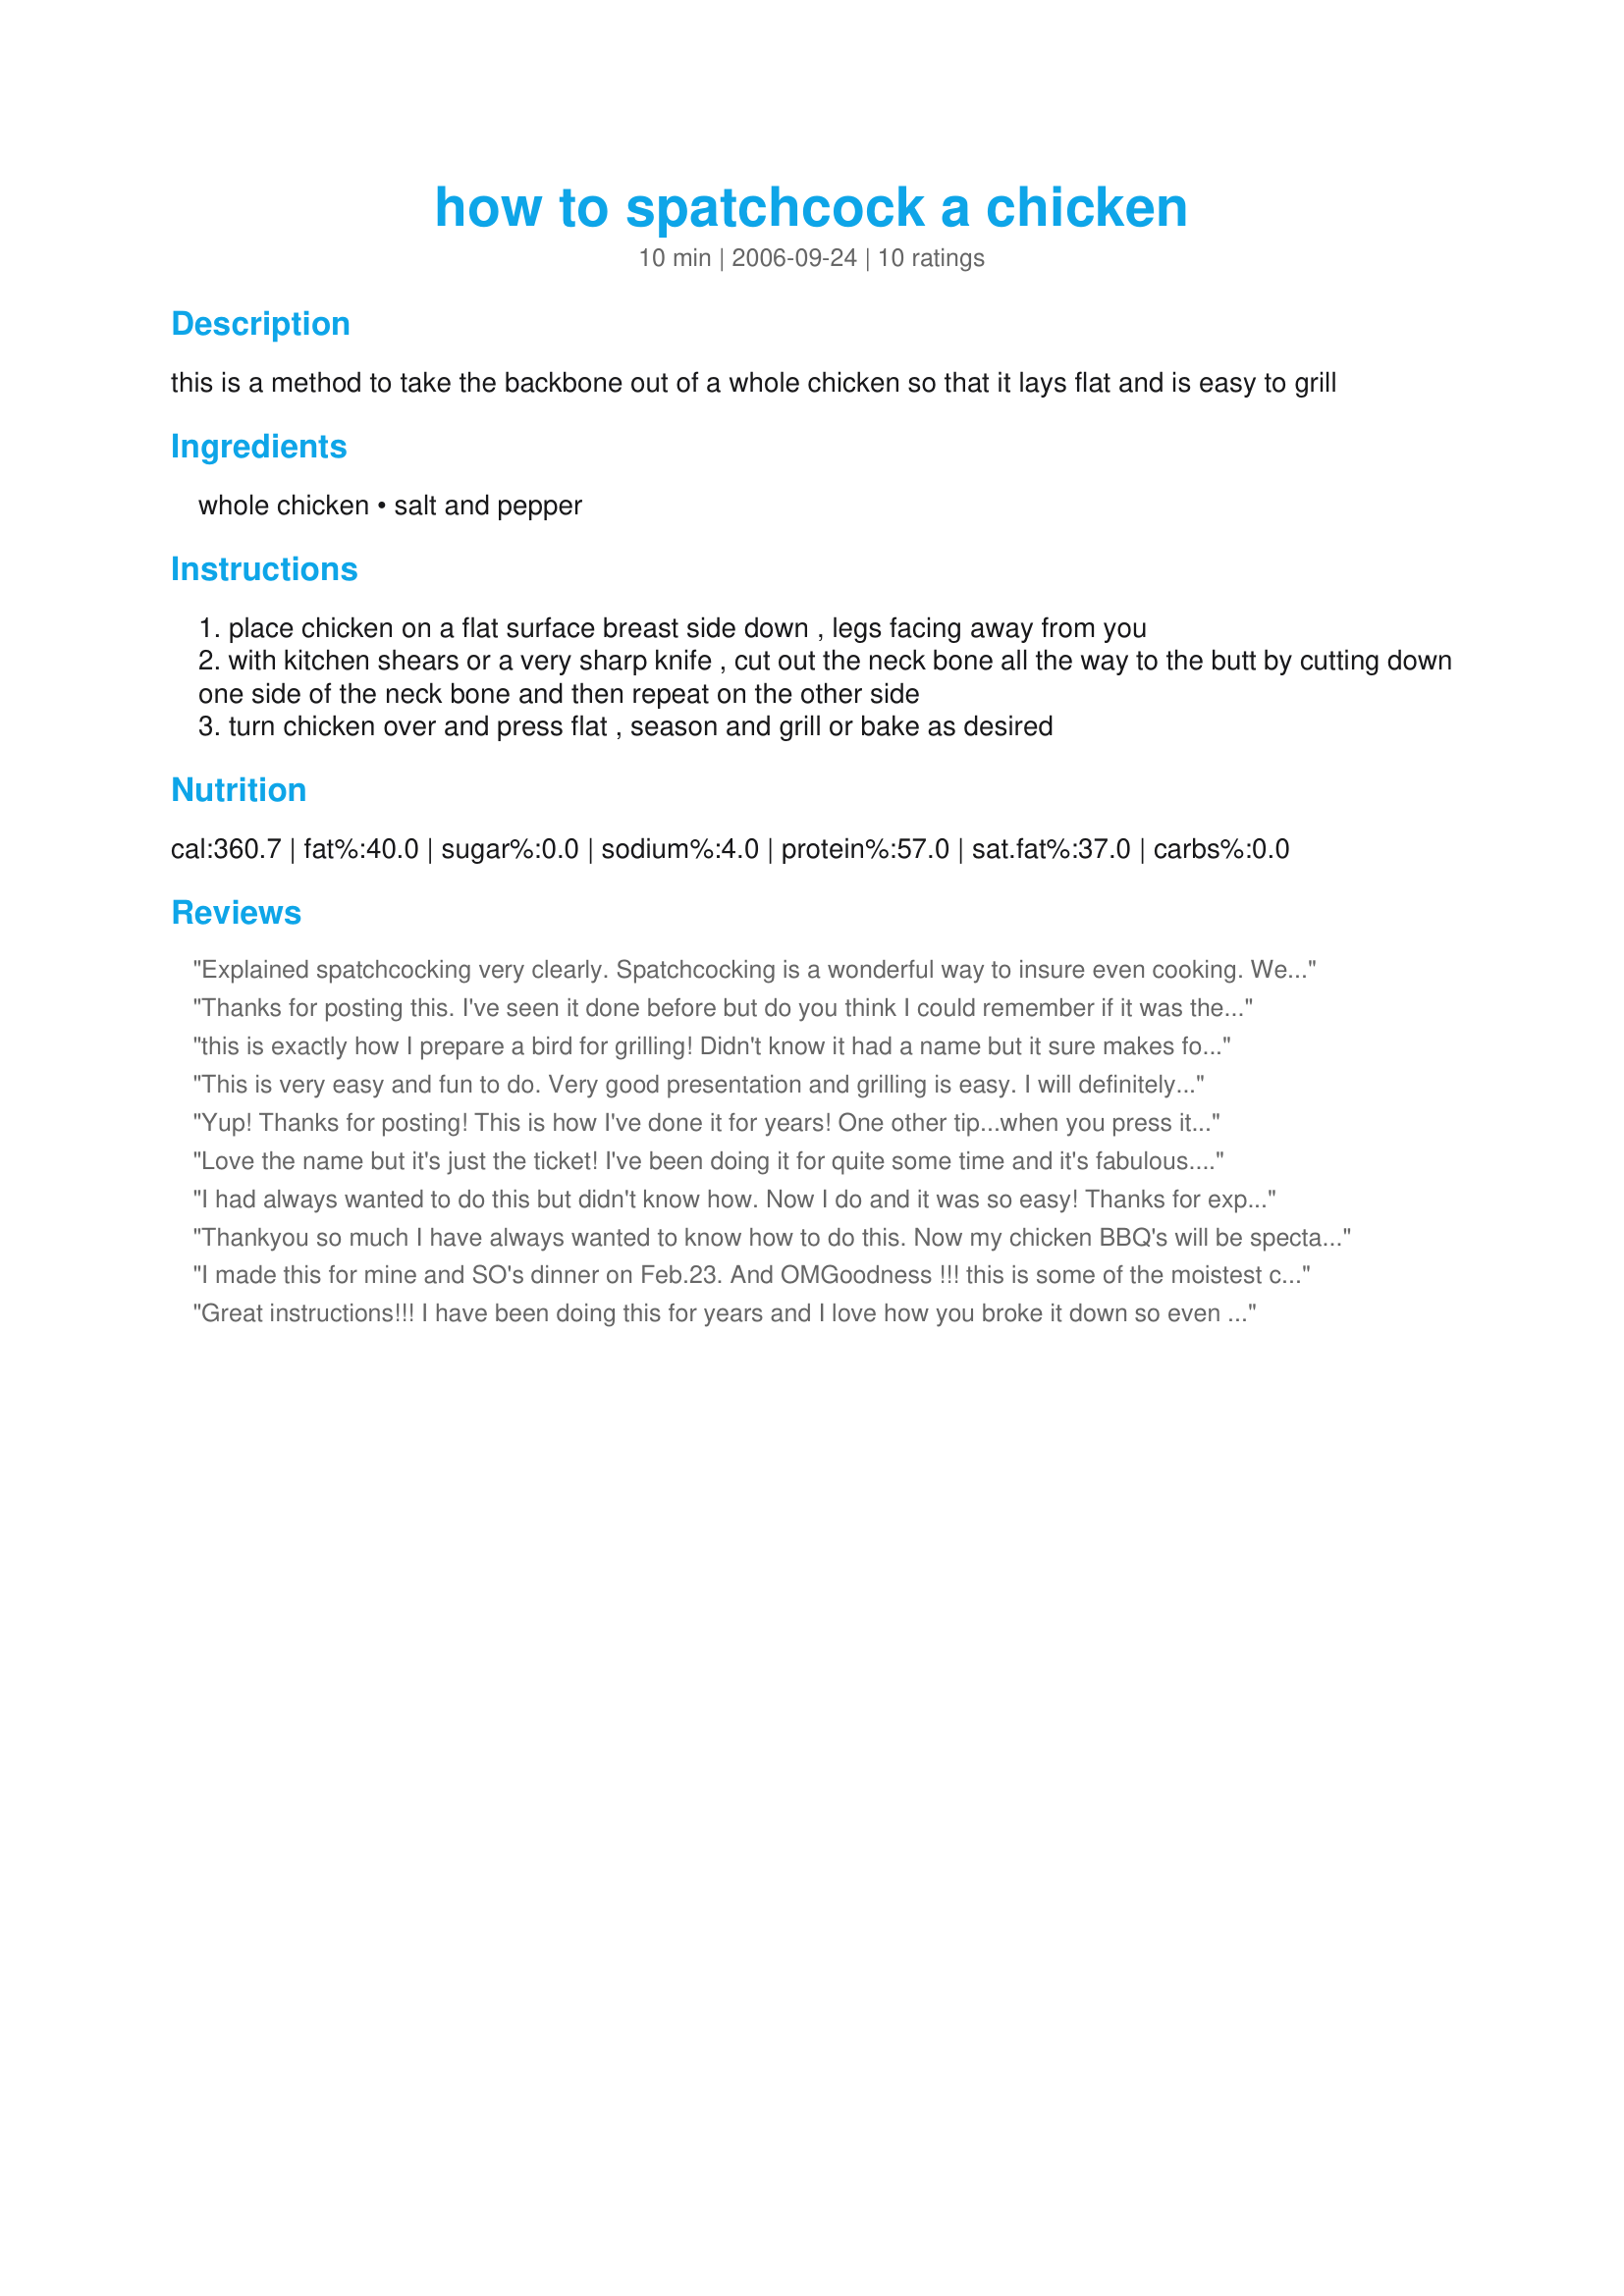
how to spatchcock a chicken
Preparation time: 10 minutes

this is a method to take the backbone out of a whole chicken so that it lays flat and is easy to grill

Ingredients:
whole chicken, salt and pepper

Steps:
place chicken on a flat surface breast side down , legs facing away from you
with kitchen shears or a very sharp knife , cut out the neck bone all the way to the butt by cutting down one side of the neck bone and then repeat on the other side
turn chicken over and press flat , season and grill or bake as desired

Reviews:
Explained spatchcocking very clearly. Spatchcocking is a wonderful way to insure even cooking. We spatchcock all birds before grilling. Turkeys cook great spatchcocked. Thanks for posting these terrific spatchcocking tips!
Thanks for posting this. I've seen it done before but do you think I could remember if it was the backbone or the breastbone that I was supposed to cut out! Then I couldn't figure out which way to turn the legs. Thanks again
this is exactly how I prepare a bird for grilling! Didn't know it had a name but it sure makes for an evenly cooked bird! Sometimes I'll flatten with a foil-covered block too, but not necessary. Bravo for posting this as I was recently telling a friend how to do this & was met with a blank noncomprehending look from an otherwise intelligent professional! I'll refer her here now! LOL!
This is very easy and fun to do. Very good presentation and grilling is easy. I will definitely do this many times. Thanks for sharing.
Yup! Thanks for posting! This is how I've done it for years! One other tip...when you press it flat, push hard and you will hear the breast bone crack. It wil lay flatter then.
Love the name but it's just the ticket! I've been doing it for quite some time and it's fabulous. Another hint that's worked well for me...once you've split the bird, put it on a greased pan, breast side down, season the inside of the bird with a little olive oil, lemon juice, garlic whatever and broil for 10 minutes 6" from broiler. Take it out, flip it over (breast side up now). Apply your seasonings or cooking baste and then roast as normal. Your cooking time will be reduced and the meat will be very moist.
I had always wanted to do this but didn't know how. Now I do and it was so easy! Thanks for explaining it so clearly. After spatchcocking, I marinated the bird in Recipe #178706 for 8 hours. I have an unused cement stepping stone that is about 8 x 12 inches, roughly the same size as the flattened bird. I wrapping the stone in foil and used that to flatten the bird while grilling. DH looked at me like the summer heat had finally driven me insane!We grilled this breast side down first, then used the jumbo sized BBQ tongs to turn it. The finished product was perfectly done; moist and juicy.
Thankyou so much I have always wanted to know how to do this. Now my chicken BBQ's will be spectacular!
I made this for mine and SO's dinner on Feb.23. And OMGoodness !!! this is some of the moistest chicken that I have ever eaten.Before baking I brushed both sides with some olive oil and sprinkled both sides with some smokey style seasoned salt. The chicken that was used weighed close to 6lbs., so it was baked at 350 degrees for 1 hour and 15 minutes. I was making mashed potatoes, so a bit of the chicken drippings were used to make a very good gravy.Usually when you make a roasted chicken the breast meat turns out some what dry, but not with this method of baking. Thanks so much for posting this wonderful recipe. This " WILL" be made again and again. "Keep Smiling :)"
Great instructions!!! I have been doing this for years and I love how you broke it down so even the newest cook could follow along. I love roasting a chicken after preparing this way... cooks so evenly and makes for easy carving.
